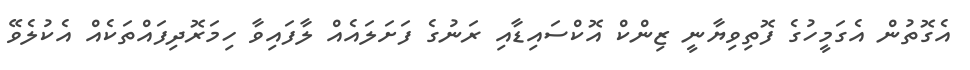
އެގޮތުން އެގަމީހުގެ ފޮތިވިޔާނީ ޒިންކް އޮކްސައިޑާއި ރަނުގެ ފަށަލައެއް ލާފައިވާ ހިމަރޮދިފައްތަކެއް އެކުލެވޭ